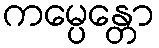
ကမ္ပေန္တော